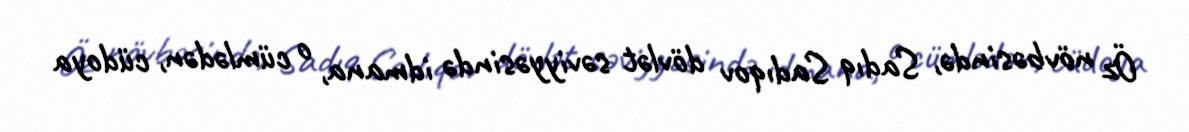
Öz növbəsində, Sadıq Sadıqov dövlət səviyyəsində idmana, o cümlədən, cüdoya